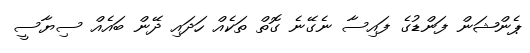
ޕެންޝަން ފަންޑުގެ ފައިސާ ނެގޭނެ ގޮތް ތަކެއް ހަދައި ދޭން ބައެއް ސިޔާސީ